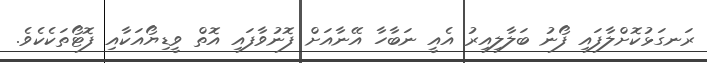
ރަނގަޅުކޮށްލާފައި ފޯނު ބަލާލިއިރު އެއީ ނަބާހާ އޭނާއަށް ފޮނުވާފައި އޮތް ވީޑިޔޯއަކާއި ފޮޓޯތަކެކެވެ.